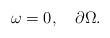
LaTeX: \begin{align*}\omega = 0,\quad\partial\Omega.\end{align*}